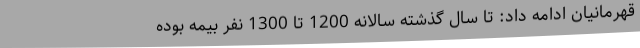
قهرمانیان ادامه داد: تا سال گذشته سالانه 1200 تا 1300 نفر بیمه بوده